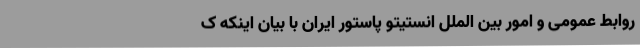
روابط عمومی و امور بین الملل انستیتو پاستور ایران با بیان اینکه ک